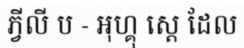
ភ្វីលី ប - អុហ្គុ ស្តេ ដែល